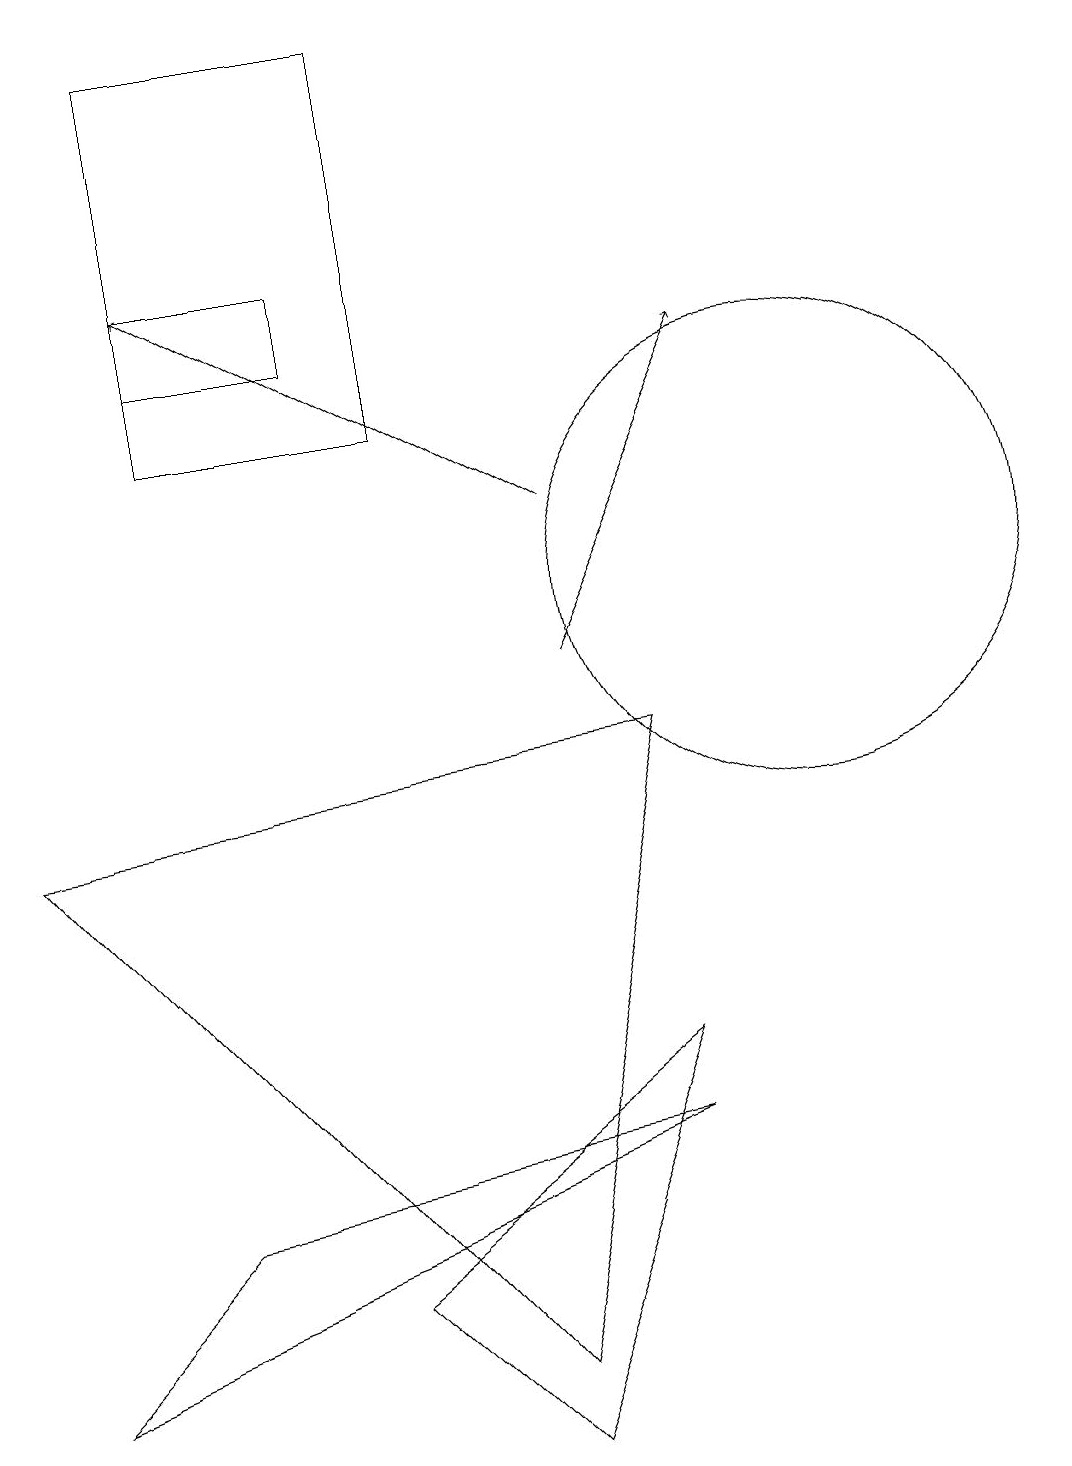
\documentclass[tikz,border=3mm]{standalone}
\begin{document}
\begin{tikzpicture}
\draw (2,3) -- (0,1) -- (8,4) -- cycle;
\draw (10,11) circle (3);
\draw (8,5) -- (6,0) -- (4,2) -- cycle;
\draw (8,9) -- (0,8) -- (6,1) -- cycle;
\draw[->] (7,12) -- (2,15);
\draw (2,18) rectangle (5,13);
\draw (2,15) rectangle (4,14);
\draw[->] (7,10) -- (9,14);
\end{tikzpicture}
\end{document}